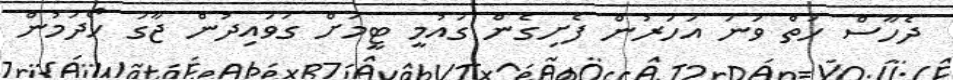
ދެހާސް ހަތް ވަނަ އަހަރުން ފެށިގެން ގައުމީ ޓީމަށް ގަވައިދުން ޖާގަ ހޯދަމުން